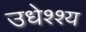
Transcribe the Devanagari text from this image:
उधेश्श्य